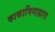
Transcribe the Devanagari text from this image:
काकामिगाहारा